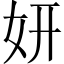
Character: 妍